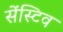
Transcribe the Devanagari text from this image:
सेंस्टिव